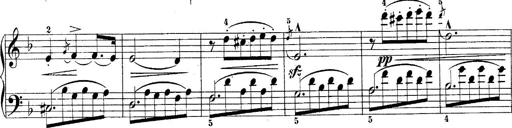
Title: 10 Sonatines progressives
Composer: Anton Schmoll